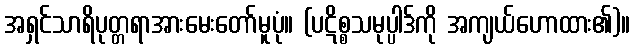
အရှင်သာရိပုတ္တရာအားမေးတော်မူပုံ။ (ပဋိစ္စသမုပ္ပါဒ်ကို အကျယ်ဟောထား၏)။